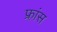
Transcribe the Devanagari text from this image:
फ्रा़ंस